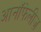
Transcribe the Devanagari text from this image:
आनॉफेलीज़